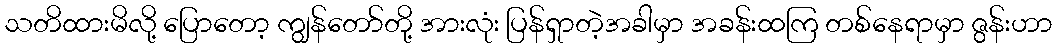
သတိထားမိလို့ ပြောတော့ ကျွန်တော်တို့ အားလုံး ပြန်ရှာတဲ့အခါမှာ အခန်းထကြ တစ်နေရာမှာ ဇွန်းဟာ